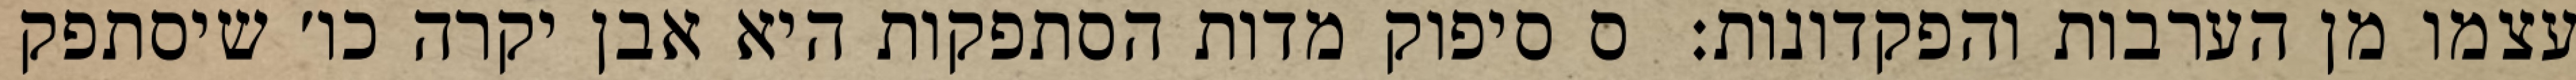
עצמו מן הערבות והפקדונות:  ס סיפוק מדות הסתפקות היא אבן יקרה כו׳ שיסתפק